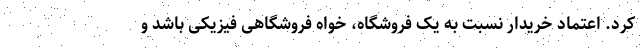
کرد. اعتماد خریدار نسبت به یک فروشگاه، خواه فروشگاهی فیزیکی باشد و